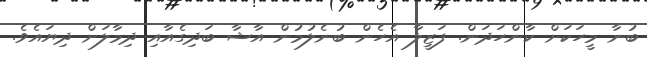
ބުނާ މީހަކަށް ކާންހަދަން. ފަޒީލާ އެހެން ބުނެލުމުން އާޝާ ބަދިގެއާއި ދިމާލަށް ދިޔައެވެ.